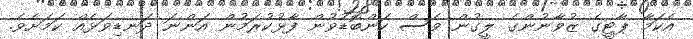
އެކަމާ ޕާޓީގެ ޒުވާނުންގެ ލީގުން ވެސް ކަންބޮޑުވުން ފާޅުކުރަމުން އަންނަ ދަނޑިވަޅެއް ކަމަށެވެ.